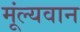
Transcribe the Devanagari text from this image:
मूंल्‍यवान